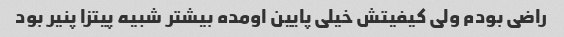
راضی بودم ولی کیفیتش خیلی پایین اومده بیشتر شبیه پیتزا پنیر بود